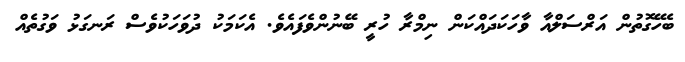
ބެހޭގޮތުން އަރްސަލްއާ ވާހަކަދައްކަން ނިމްރާ ހުރީ ބޭނުންވެފައެވެ. އެކަމަކު ދުވަހަކުވެސް ރަނގަޅު ވަގުތެއް